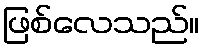
ဖြစ်လေသည်။